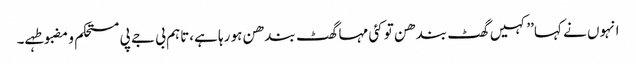
انہوں نے کہا’’کہیں گھٹ بندھن تو کئی مہا گھٹ بندھن ہو رہا ہے،تاہم بی جے پی مستحکم و مضبوطہے۔